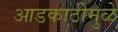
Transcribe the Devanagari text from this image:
आडकाठीमुळे